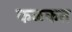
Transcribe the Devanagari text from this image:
कळकत